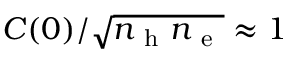
C ( 0 ) / \sqrt { n _ { \mathrm { ~ h ~ } } n _ { \mathrm { ~ e ~ } } } \approx 1